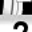
Digit: 2